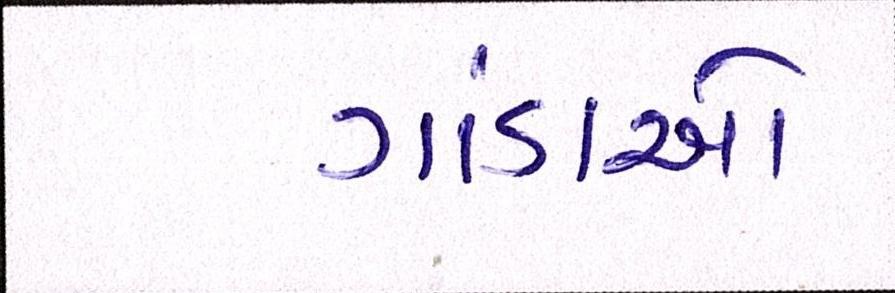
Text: ગાંડાઓ